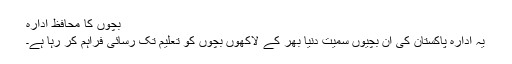
بچوں کا محافظ ادارہ
یہ ادارہ پاکستان کی ان بچیوں سمیت دنیا بھر کے لاکھوں بچوں کو تعلیم تک رسائی فراہم کر رہا ہے۔